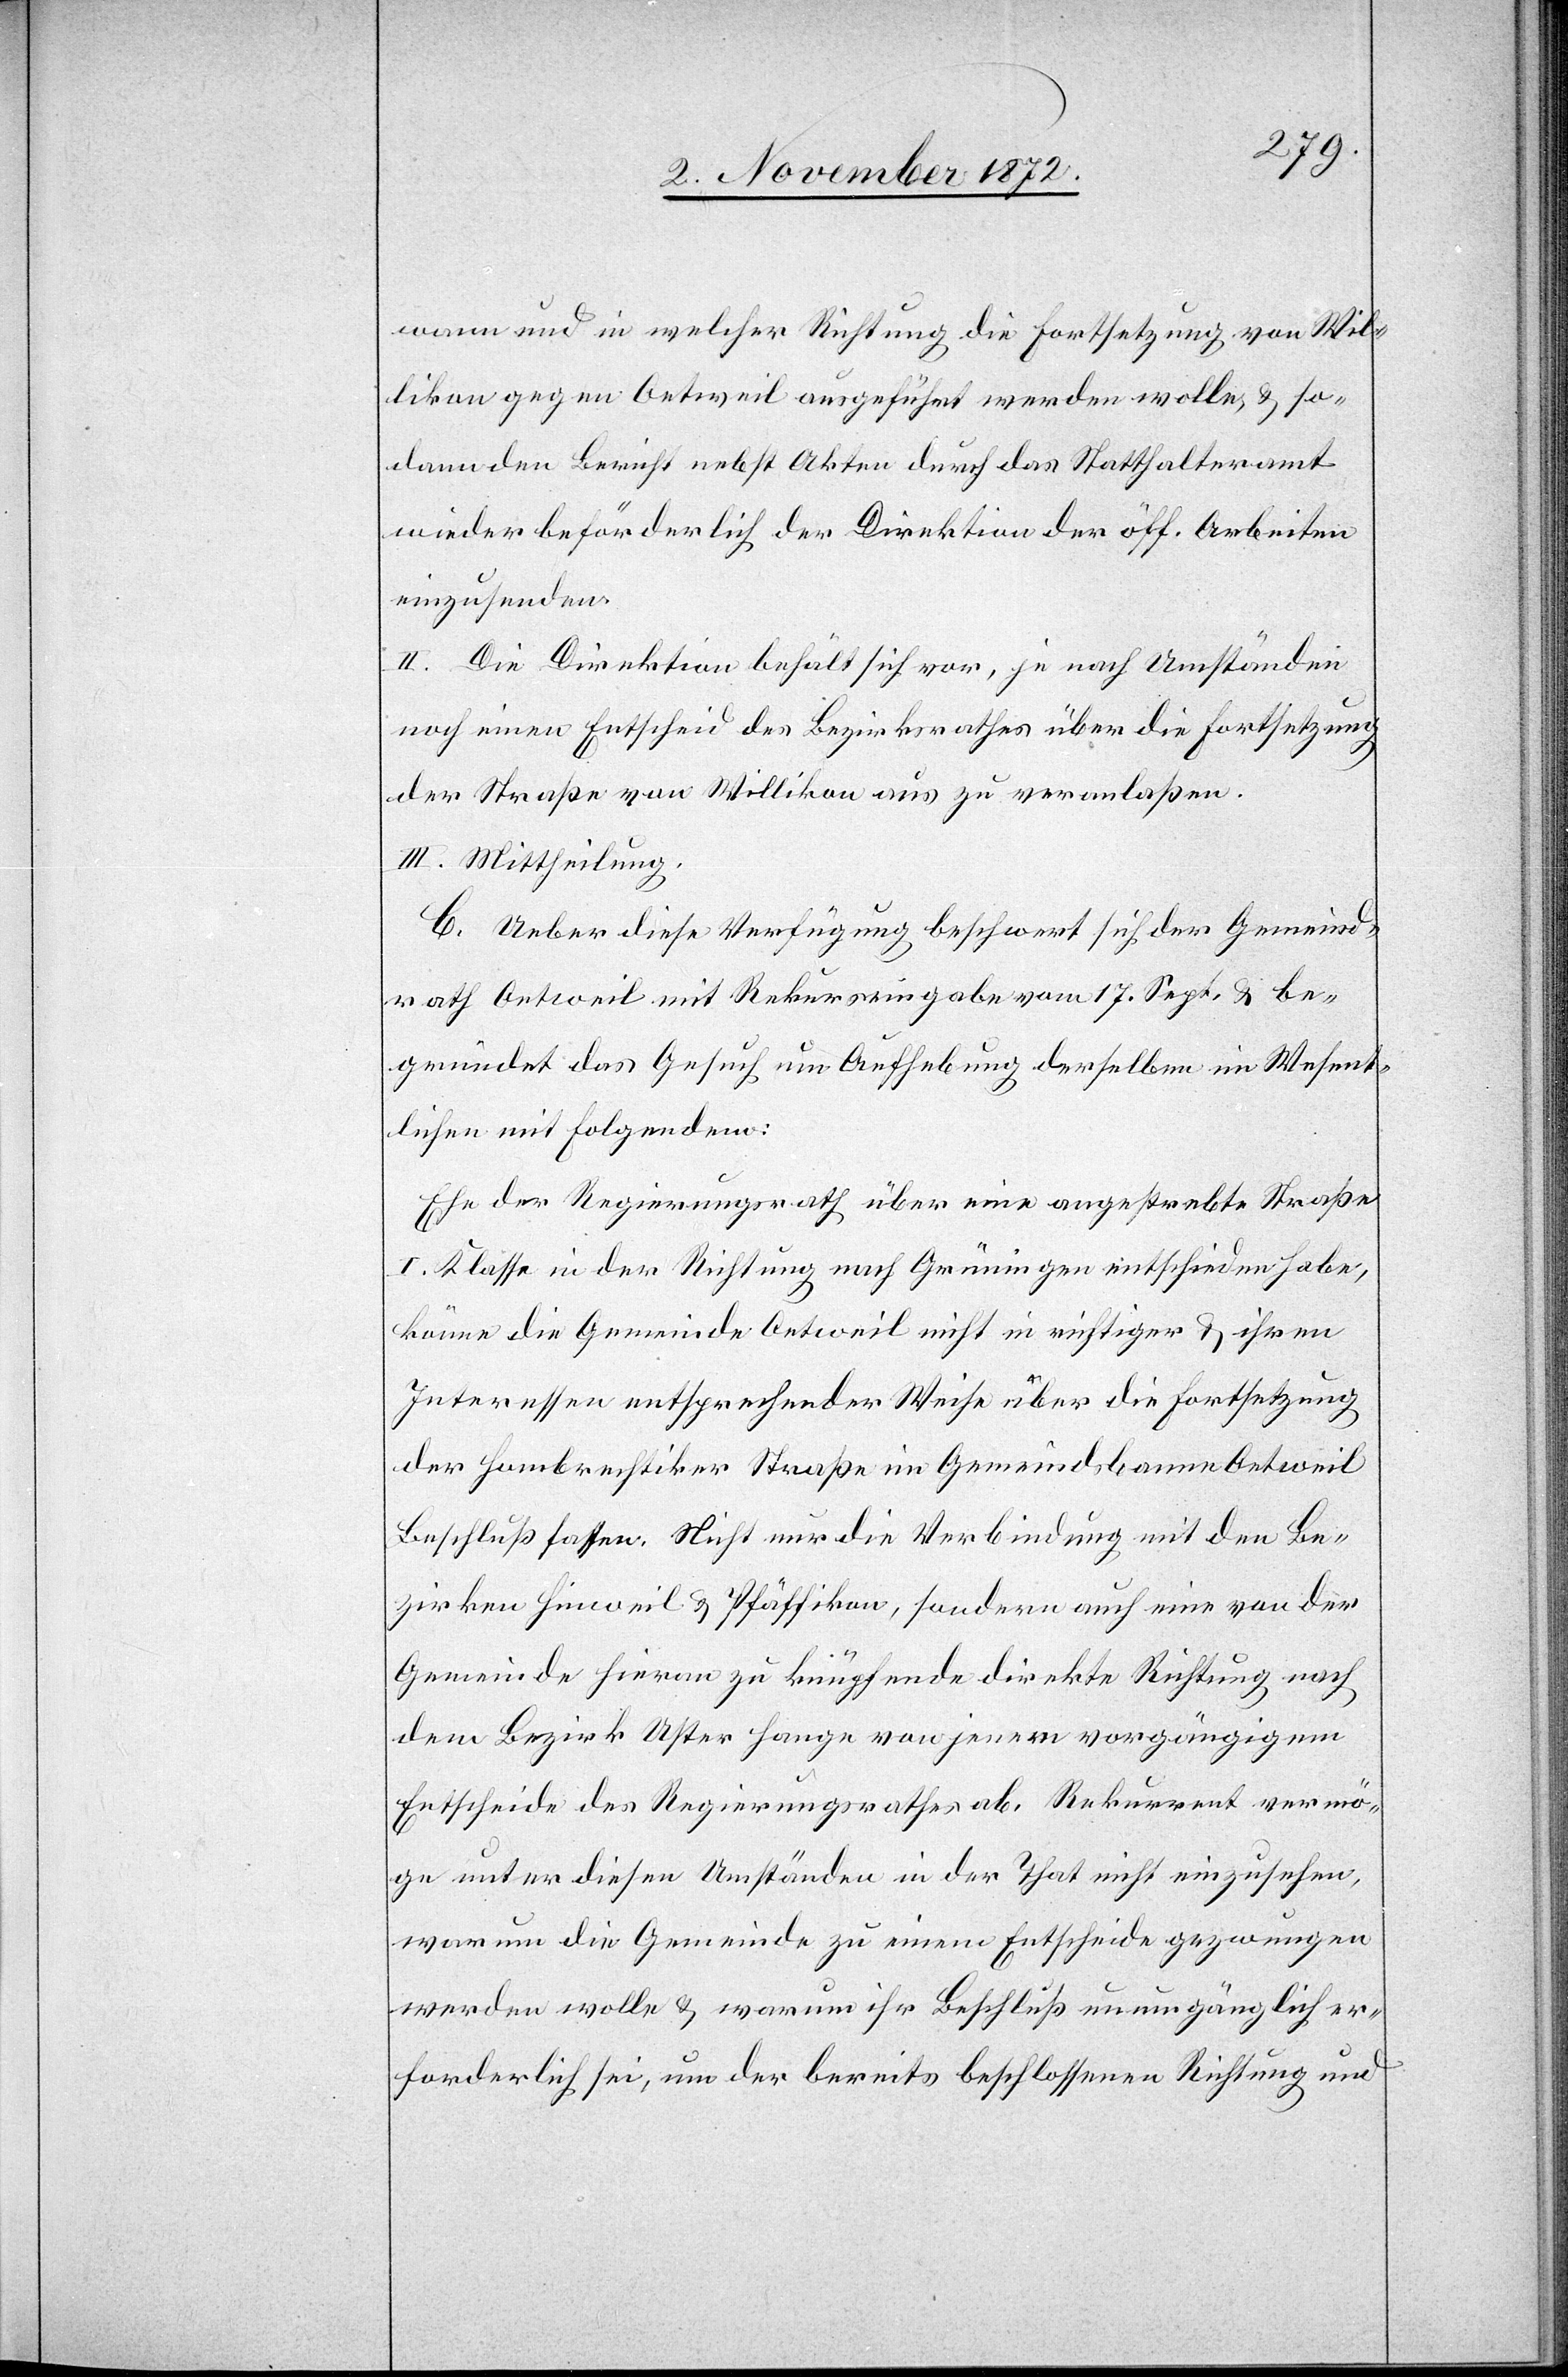
warum und in welcher Richtung die Fortsetzung von Wil¬
likon gegen Oetweil ausgeführt werden wolle, u. so¬
dann den Bericht nebst Akten durch das Statthalteramt
wieder beförderlich der Direktion der öff. Arbeiten
einzusenden.
II. Die Direktion behält sich vor, je nach Umständen
noch einen Entscheid des Bezirksrathes über die Fortsetzung
der Straße von Willikon aus zu veranlaßen.
III. Mittheilung.
C. Ueber diese Verfügung beschwert sich der Gemeind¬
rath Oetweil mit Rekurseingabe vom 17. Sept. u. be¬
gründet das Gesuch um Aufhebung derselben im Wesent¬
lichen mit Folgendem:
Ehe der Regierungsrath über eine angestrebte Straße
I. Klasse in der Richtung nach Grüningen entschieden habe,
könne die Gemeinde Oetweil nicht in richtiger u. ihren
Interessen entsprechender Weise über die Fortsetzung
der Hombrechtiker Straße im Gemeindsbanne Oetweil
Beschluß fassen. Nicht nur die Verbindung mit den Be¬
zirken Hinweil u. Pfäffikon, sondern auch eine von der
Gemeinde hieran zu knüpfende direkte Richtung nach
dem Bezirk Uster hange von jenem vorgängigem
Entscheide des Regierungsrathes ab. Rekurrent vermö¬
ge unter diesen Umständen in der That nicht einzusehen,
warum die Gemeinde zu einem Entscheide gezwungen
werden wolle u. warum ihr Beschluß unumgänglich er¬
forderlich sei, um der bereits beschlossenen Richtung und